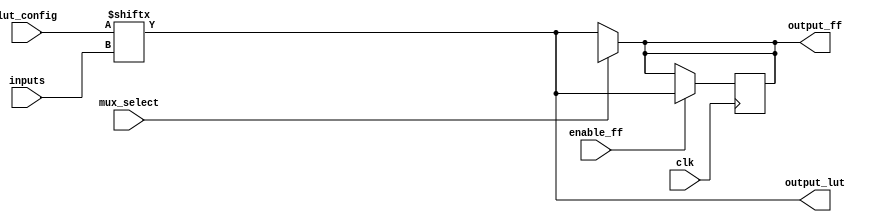
module CLB_PLD (
    input wire clk,                           // Clock for flip-flops
    input wire [3:0] inputs,                 // 4-bit Input
    input wire [15:0] lut_config,            // 16-bit LUT configuration for a 4-input LUT
    input wire mux_select,                   // MUX select control signal
    input wire enable_ff,                    // Enable for the flip-flop
    output wire output_lut,                  // Output from LUT
    output reg output_ff                      // Output from flip-flop
);

    // Lookup Table (LUT) functionality
    wire [3:0] lut_address = inputs; // LUT address from inputs
    wire output_from_lut;

    assign output_from_lut = lut_config[lut_address]; // Lookup table output based on configuration

    // Output from LUT
    assign output_lut = output_from_lut;

    // Flip-Flop with enable signal
    always @(posedge clk) begin
        if (enable_ff) begin
            output_ff <= output_lut; // Store output of LUT on clock edge
        end
    end

    // Multiplexer to select between LUT output and an external signal
    wire external_signal; // Example external signal
    wire mux_out;

    assign mux_out = mux_select ? external_signal : output_lut; // MUX operation

    // Final output from the CLB
    assign output_ff = mux_out; // Combine with flip flop storage as final output

endmodule